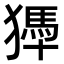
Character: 𤡹